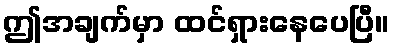
ဤအချက်မှာ ထင်ရှားနေပေပြီ။